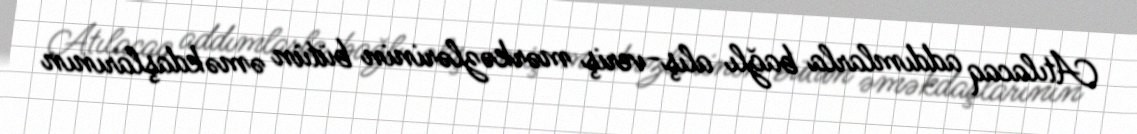
Atılacaq addımlarla bağlı alış-veriş mərkəzlərinin bütün əməkdaşlarının